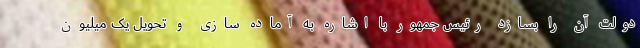
دولت آن را بسازد رئیس جمهور با اشاره به آماده سازی و تحویل یک میلیون